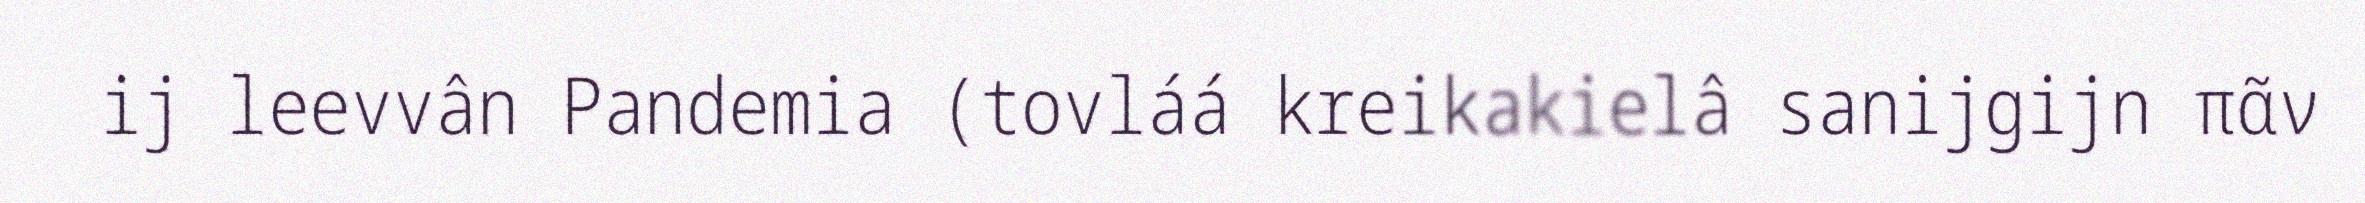
ij leevvân Pandemia (tovláá kreikakielâ sanijgijn πᾶν